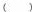
( )